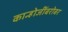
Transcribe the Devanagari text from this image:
कान्होजींबरोबर